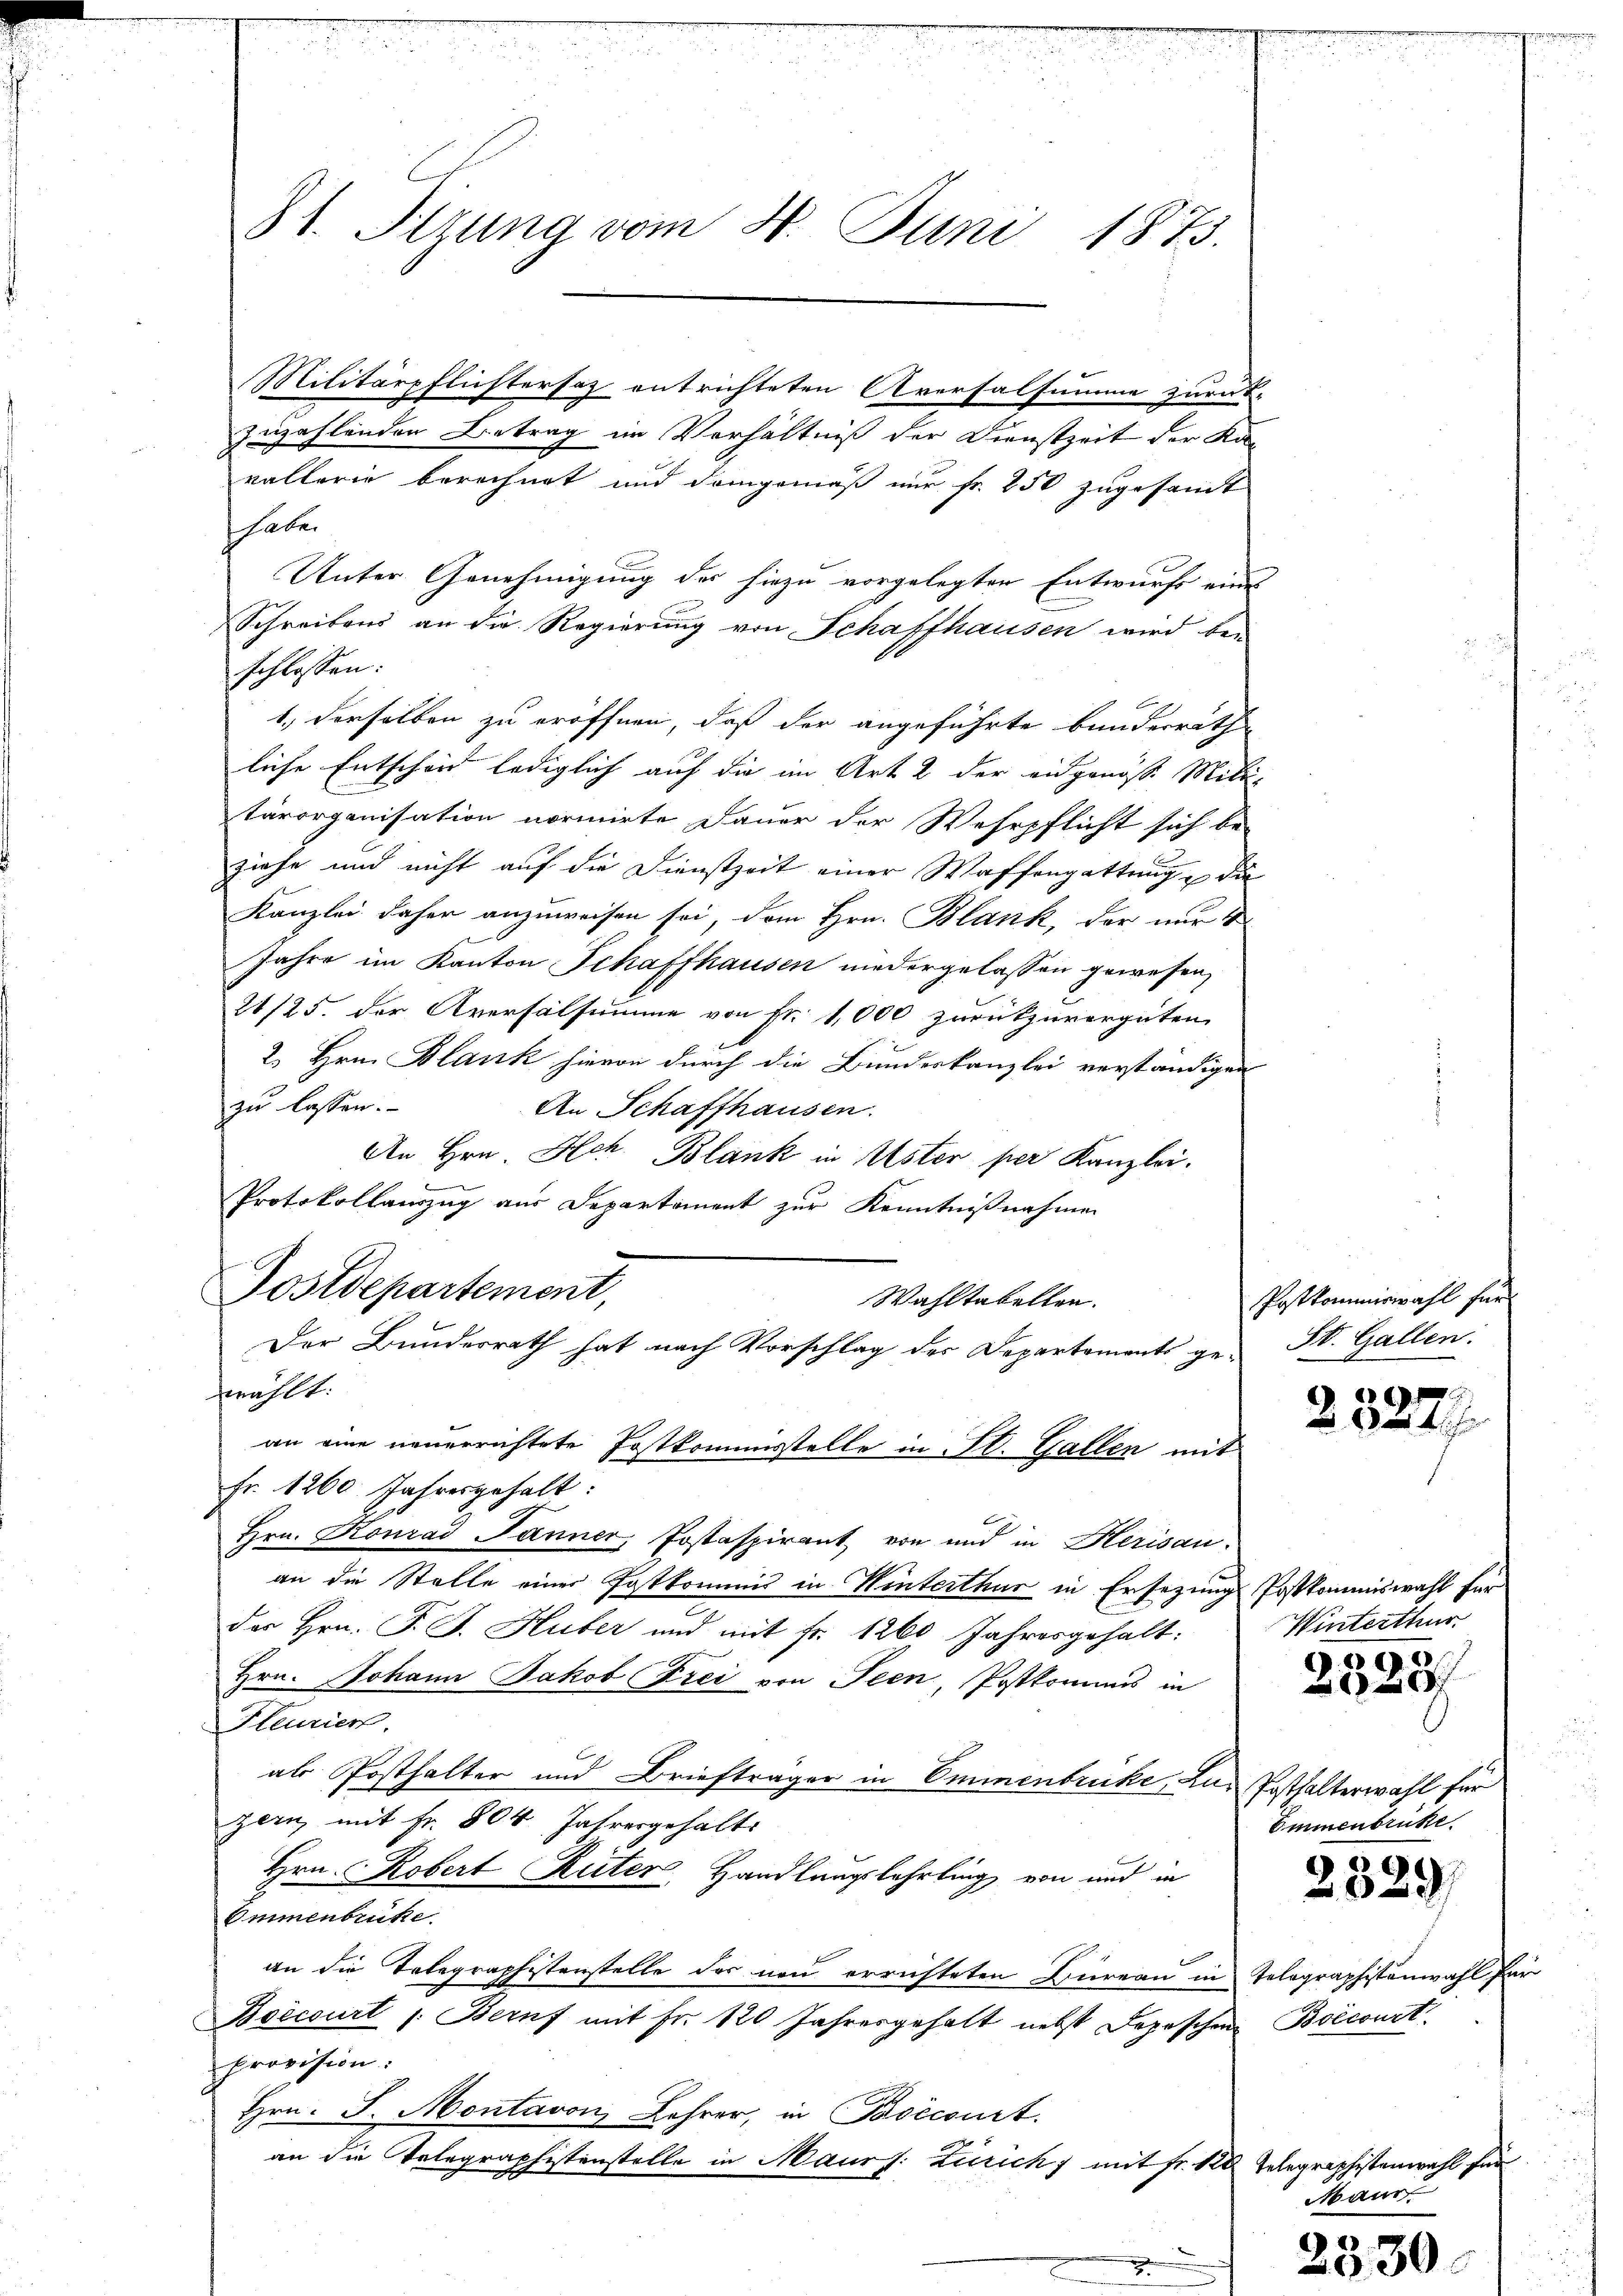
Militärpflichtersaz entrichteten Aversalsumme zurück-
zuzahlenden Betrag im Verhältniß der Dienstzeit der Kavallerie berechnet und demgemäß nur fr. 250 zugesandt
Haber
schlossen:
1.) Derselben zu eröffnen, daß der angeführte Bunderrath
liche Entscheid lediglich auf die im Art. 2 der eidgenösse Mitar-
tärorganisation normirte Dauer der Wehrpflicht sich be-
ziehe und nicht auf die Dienstzeit einer Waffengattung die
Kanzlei daher anzuweisen sei, dem Hrn. Blank, der nur 4
Jahre im Kanton Schaffhausen niedergelassen gewesen,
21/25. der Aversalsumme von Fr. 1,000 zurükzuvergüten.
2. Hrn. Blank hievon durch die Bundeskanzlei verständigen
zu lassen.
An Schaffhausen.
An Hrn. Hch. Blank in Uster per Kanzlei.
Protokollauszug aus Departement zur Kenntnißnahmen
Wahltabellen.
Der Bundesrath hat nach Vorschlag der Departements gefühlt.
an eine neuerrichtete Postkommisstelle in St. Gallen mit
Fr. 1260 Jahresgehalt
Hrn. Konrad Jänner, Postaspirant von und in Herisau
an die Stelle einer Postkommis in Winterthur in Ersezung Postkommiswahl für
des Hrn. F. J. Huber und mit Fr. 1260 Jahresgehalt:
Hrn. Johann Jakob Frei von Seen, Postkommis in
Fleurier.
als Posthalter und Briefträger in Emmenbrucke aus Posthalterwahl für
zern mit Fr. 804 Jahresgehalte
Hrn. Robert Ruter Handlungslehrling von und in
Ommenbrücke.
l
an die Telegraphistenstelle des neu errichteten Hireau in Telegraphistenwahl für
Boecourt /: Bernf mit Fr. 120 Jahresgehalt nebst Depeschen Boecourt
provision:
Hrn. J. Montavon Lehrer, in Boecourt.
an die Telegraphistenstelle in Maurf: Zürich) mit Fr. 120 Telegraphisten

31. Sezung vom 4. Juni 1873.

Postdepartement,

Unter Genehmigung des hiezu vorgelegten Entwurfs eine
Schreibens an die Regierung von Schaffhausen wird be¬

Postkommiswahl für
St. Gallen.

9
20

Winterthur.

Emmenbrucke

Mam.

.
0

5
)
029

35

acht für